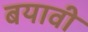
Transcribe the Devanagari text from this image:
बयावी